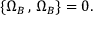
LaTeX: \{ \Omega _ { B } \, , \, \Omega _ { B } \} = 0 .